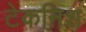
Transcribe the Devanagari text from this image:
टेकनिश